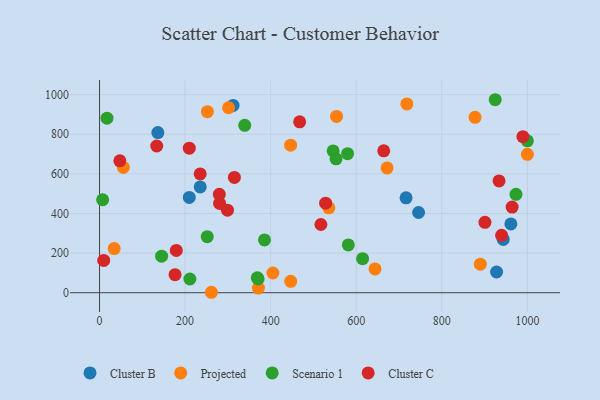
{"axis": {"x": "Study Hours", "y": "Sales"}, "legend": ["Cluster B", "Cluster C", "Projected", "Scenario 1"], "data": [{"x": "745.6", "y": 405.0, "type": "Cluster B"}, {"x": "235.3", "y": 533.9, "type": "Cluster B"}, {"x": "943.5", "y": 268.8, "type": "Cluster B"}, {"x": "961.3", "y": 347.2, "type": "Cluster B"}, {"x": "716.4", "y": 479.0, "type": "Cluster B"}, {"x": "312.1", "y": 945.4, "type": "Cluster B"}, {"x": "927.9", "y": 104.5, "type": "Cluster B"}, {"x": "209.7", "y": 481.2, "type": "Cluster B"}, {"x": "136.3", "y": 808.3, "type": "Cluster B"}, {"x": "252.1", "y": 913.9, "type": "Projected"}, {"x": "301.6", "y": 933.7, "type": "Projected"}, {"x": "643.8", "y": 120.1, "type": "Projected"}, {"x": "446.6", "y": 744.8, "type": "Projected"}, {"x": "889.9", "y": 143.9, "type": "Projected"}, {"x": "877.6", "y": 885.6, "type": "Projected"}, {"x": "34.2", "y": 222.6, "type": "Projected"}, {"x": "405.1", "y": 99.5, "type": "Projected"}, {"x": "261.5", "y": 2.2, "type": "Projected"}, {"x": "55.7", "y": 632.4, "type": "Projected"}, {"x": "718.2", "y": 953.3, "type": "Projected"}, {"x": "553.9", "y": 890.0, "type": "Projected"}, {"x": "371.2", "y": 23.6, "type": "Projected"}, {"x": "672.0", "y": 629.9, "type": "Projected"}, {"x": "446.8", "y": 57.4, "type": "Projected"}, {"x": "535.8", "y": 428.3, "type": "Projected"}, {"x": "999.9", "y": 698.5, "type": "Projected"}, {"x": "614.8", "y": 171.6, "type": "Scenario 1"}, {"x": "924.7", "y": 974.3, "type": "Scenario 1"}, {"x": "251.7", "y": 283.0, "type": "Scenario 1"}, {"x": "999.9", "y": 766.7, "type": "Scenario 1"}, {"x": "581.4", "y": 241.0, "type": "Scenario 1"}, {"x": "339.3", "y": 845.0, "type": "Scenario 1"}, {"x": "7.2", "y": 469.2, "type": "Scenario 1"}, {"x": "145.1", "y": 184.5, "type": "Scenario 1"}, {"x": "545.9", "y": 715.7, "type": "Scenario 1"}, {"x": "17.4", "y": 881.1, "type": "Scenario 1"}, {"x": "370.6", "y": 69.5, "type": "Scenario 1"}, {"x": "579.7", "y": 701.7, "type": "Scenario 1"}, {"x": "973.3", "y": 496.8, "type": "Scenario 1"}, {"x": "385.5", "y": 266.5, "type": "Scenario 1"}, {"x": "552.7", "y": 675.8, "type": "Scenario 1"}, {"x": "368.6", "y": 75.5, "type": "Scenario 1"}, {"x": "211.1", "y": 69.2, "type": "Scenario 1"}, {"x": "989.4", "y": 787.7, "type": "Cluster C"}, {"x": "176.5", "y": 91.1, "type": "Cluster C"}, {"x": "964.3", "y": 432.3, "type": "Cluster C"}, {"x": "235.2", "y": 599.8, "type": "Cluster C"}, {"x": "9.8", "y": 162.9, "type": "Cluster C"}, {"x": "900.7", "y": 355.5, "type": "Cluster C"}, {"x": "933.7", "y": 564.5, "type": "Cluster C"}, {"x": "299.0", "y": 416.6, "type": "Cluster C"}, {"x": "528.4", "y": 452.0, "type": "Cluster C"}, {"x": "279.9", "y": 496.6, "type": "Cluster C"}, {"x": "133.7", "y": 740.7, "type": "Cluster C"}, {"x": "179.4", "y": 213.4, "type": "Cluster C"}, {"x": "467.7", "y": 862.7, "type": "Cluster C"}, {"x": "517.3", "y": 344.3, "type": "Cluster C"}, {"x": "939.7", "y": 289.9, "type": "Cluster C"}, {"x": "47.4", "y": 666.0, "type": "Cluster C"}, {"x": "209.7", "y": 729.6, "type": "Cluster C"}, {"x": "315.2", "y": 581.8, "type": "Cluster C"}, {"x": "280.6", "y": 450.6, "type": "Cluster C"}, {"x": "664.2", "y": 716.2, "type": "Cluster C"}]}